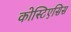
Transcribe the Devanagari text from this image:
कोस्टिएसिस